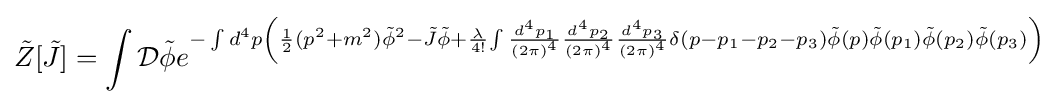
{\tilde {Z}}[{\tilde {J}}]=\int {\mathcal {D}}{\tilde {\phi }}e^{-\int d^{4}p\left({1 \over 2}(p^{2}+m^{2}){\tilde {\phi }}^{2}-{\tilde {J}}{\tilde {\phi }}+{\lambda  \over 4!}{\int {d^{4}p_{1} \over (2\pi )^{4}}{d^{4}p_{2} \over (2\pi )^{4}}{d^{4}p_{3} \over (2\pi )^{4}}\delta (p-p_{1}-p_{2}-p_{3}){\tilde {\phi }}(p){\tilde {\phi }}(p_{1}){\tilde {\phi }}(p_{2}){\tilde {\phi }}(p_{3})}\right)}